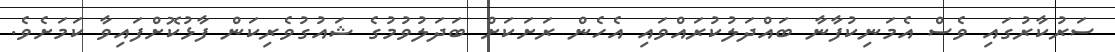
ސަރުކާރުގައި ވެސް އެމަނިކުފާނާ ބައްދަލުކުރައްވައި އެހެން ރަށަކަށް ބަދަލުވުމުގެ ޝައުގުވެރިކަން ފާޅުކޮށްފައިވާ ކަމަށެވެ.